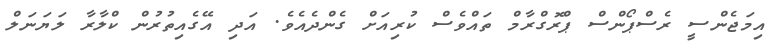
އިމަޖެންސީ ރެސްޕޯންސް ޕްރޮގްރާމް ތައްވެސް ކުރިއަށް ގެންދެއެވެ. އަދި އޭގެއިތުރުން ކްލާރާ ލަޔަނަލް